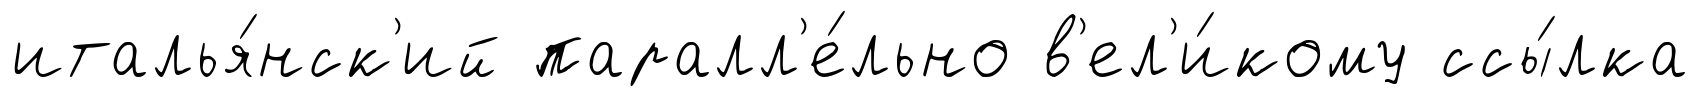
италья́нск'ий паралл'е́льно в'ел'и́кому ссы́лка